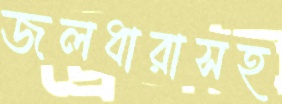
জলধারাসহ